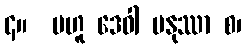
၄။  ဗဟူ ဒေဝါ မနုဿာ စ၊